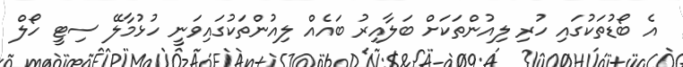
އެ ބޯޑުތަކުގައި ހުރި ލިއުންތަކަށް ބަލާއިރު ބައެއް ލިއުންތަކުގައިވަނީ ހުޅުމާލޭ ސިޓީ ހޯލް